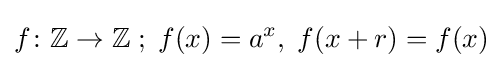
f\colon \mathbb {Z} \to \mathbb {Z} \;;\;f(x)=a^{x},\;f(x+r)=f(x)